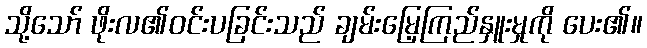
သို့သော် ဖိုးလ၏ဝင်းပခြင်းသည် ချမ်းမြေ့ကြည်နှူးမှုကို ပေး၏။